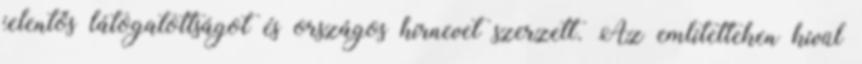
jelentős látogatottságot és országos hírnevet szerzett. Az említetteken kívül